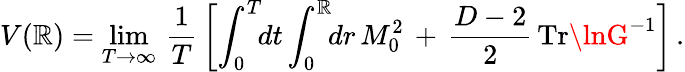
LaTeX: V(\mathbb{R})=\operatorname*{lim}_{T\rightarrow\infty}\, \frac{{1}}{{T}}\, \left[\int_{0}^{T}\! \! dt\int_{0}^{\mathbb{R}}\! \! dr\, M_{0}^{2}\, +\, \frac{{D-2}}{{2}}\, \mathrm{{Tr}}\lnG^{-1}\right]\, {.}